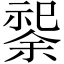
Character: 𫀟